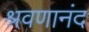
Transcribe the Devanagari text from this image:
श्रवणानंद